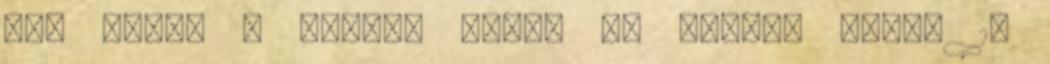
ÉTK kiadó 3 Európa kiadó 33 Fabyen kiadó 16